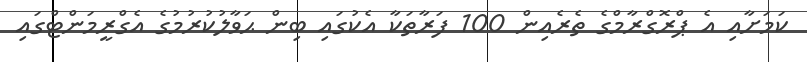
ކަމަށާއި އެ ޕްރޮގްރާމްގެ ތެރެއިން 100 ފަރާތަކާ އެކުގައި ބިން ޙަވާލުކުރުމުގެ އެގްރީމަންޓްގައި